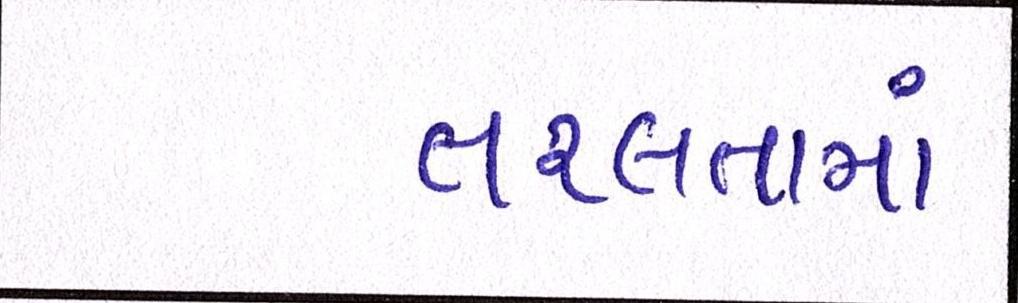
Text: તરલતામાં